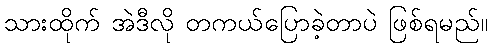
သားထိုက် အဲဒီလို တကယ်ပြောခဲ့တာပဲ ဖြစ်ရမည်။